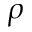
\rho